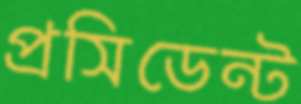
প্রসিডেন্ট